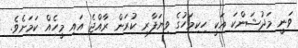
ވަނީ މަދުޝަންކަ އަކީ ހިކިމަހުގެ ވިޔަފާރި ކުރަން ރާއްޖެ އައި މީހެއް ކަމަށެވެ.